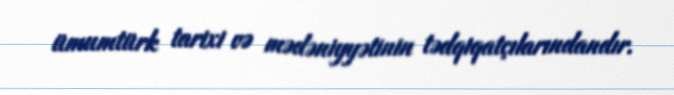
ümumtürk tarixi və mədəniyyətinin tədqiqatçılarındandır.